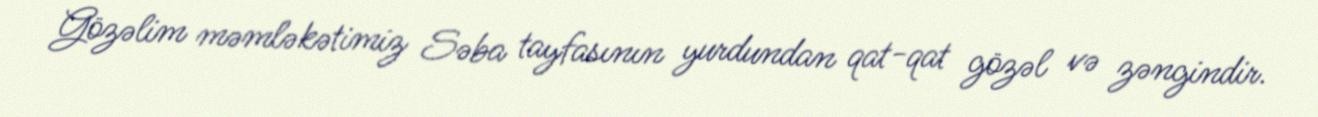
Gözəlim məmləkətimiz Səba tayfasının yurdundan qat-qat gözəl və zəngindir.